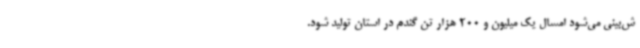
ش‌بینی می‌شود امسال یک ‌میلیون و 200 هزار تن گندم در استان تولید شود.